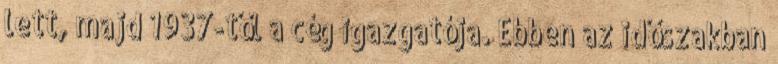
lett, majd 1937-től a cég igazgatója. Ebben az időszakban